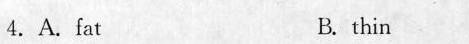
4.A.fat B.thin